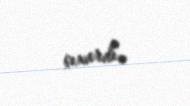
çıxardı.